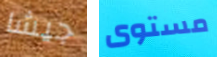
جيشا مستوى